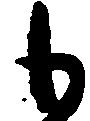
も